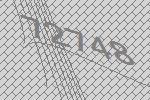
72748